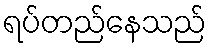
ရပ်တည်နေသည်